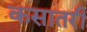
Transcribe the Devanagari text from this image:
कसातरी